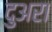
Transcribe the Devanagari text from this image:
दुअरा